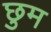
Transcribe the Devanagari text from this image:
छुम